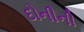
દોનીની